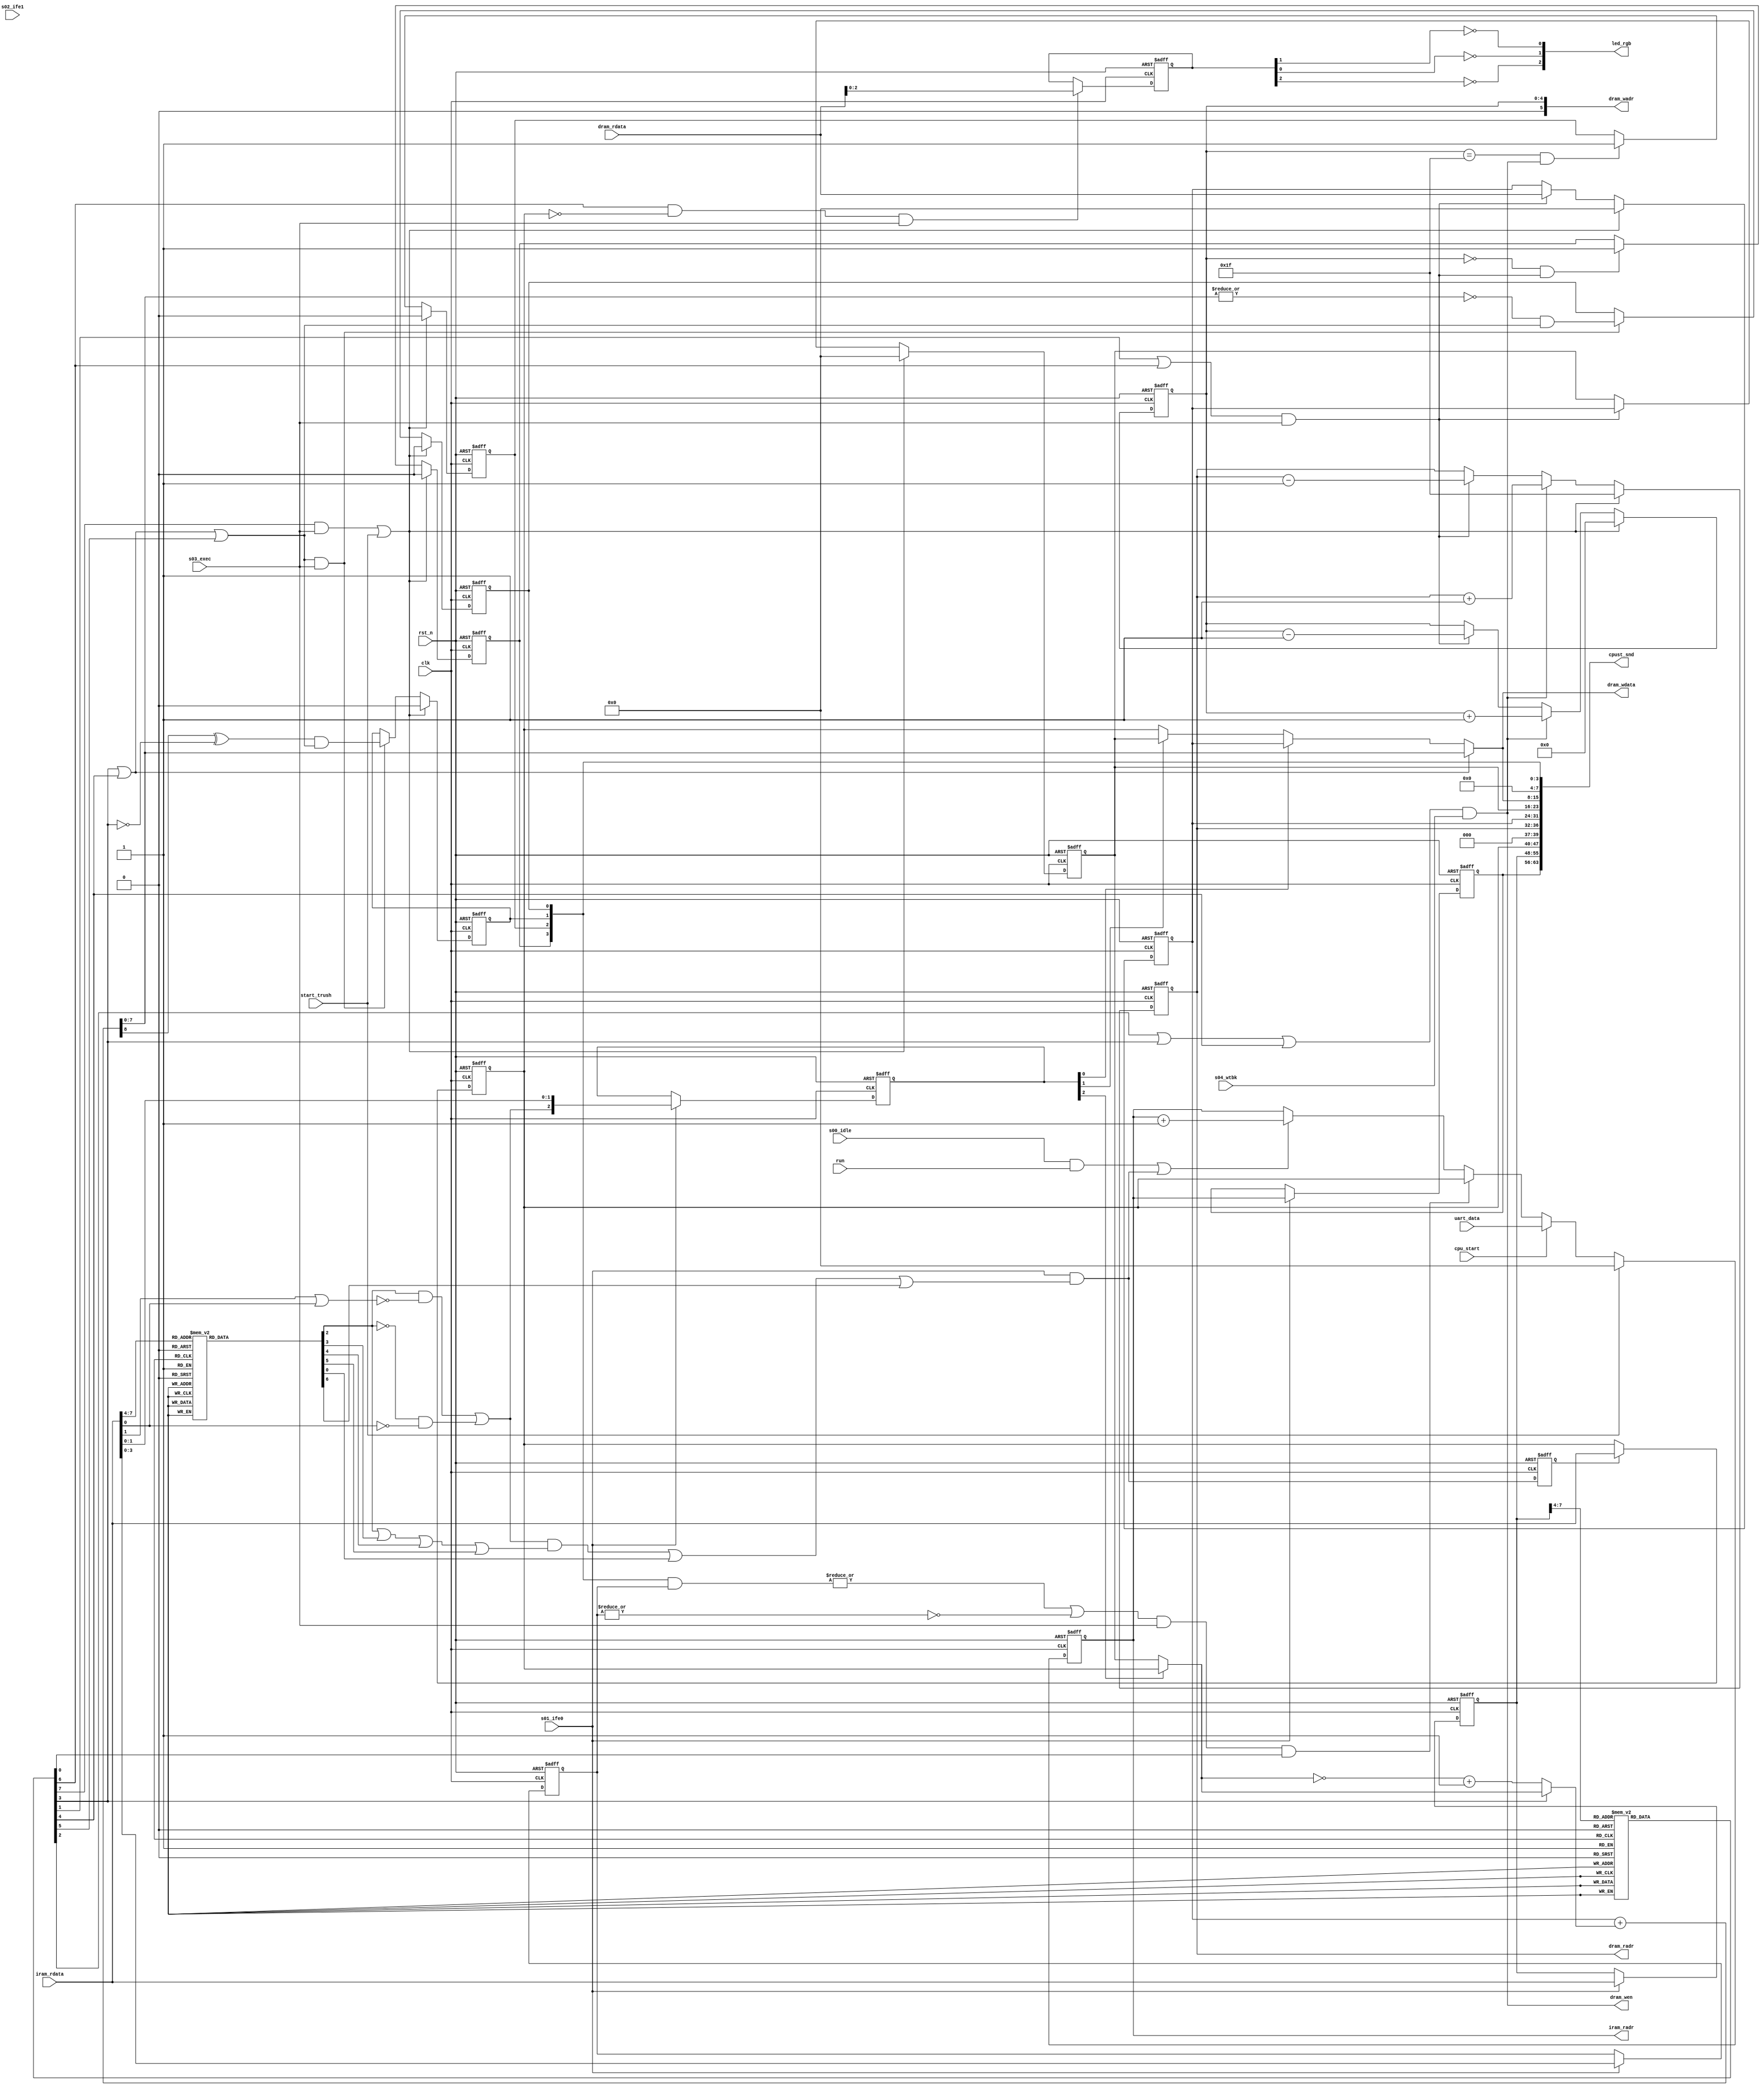
/*
 * Stack Machine CPU Sample
 *   ALU and Logic Module for Tang Nano
 *    Verilog code
 * @auther		Yoshiki Kurokawa <yoshiki.k963@gmail.com>
 * @copylight	2020 Yoshiki Kurokawa
 * @license		https://opensource.org/licenses/MIT     MIT license
 * @version		0.1
 */

module sm_logics(
	input clk,
	input rst_n,
	input s00_idle,  // idle status
	input s01_ife0,  // instruction fetch 0
	input s02_ife1,  // instruction fetch 1
	input s03_exec,  // execution
	input s04_wtbk,   // data writeback
	input run,
	output [7:0] iram_radr,
	input [7:0] iram_rdata,
	output [4:0] dram_radr,
	input [7:0] dram_rdata,
	output [5:0] dram_wadr,
	output [7:0] dram_wdata,
	output dram_wen,
	output [2:0] led_rgb,
	output [63:0] cpust_snd,
	input start_trush,
	input cpu_start,
	input [7:0] uart_data

	);

// resources
// PC

reg [7:0] pc;
wire inc_pc;
wire ld_pc;
wire [7:0] ld_value_pc;
reg [7:0] sample_pc;

always @ (posedge clk or negedge rst_n) begin
	if (~rst_n)
		pc <= 8'd0;
	else if (start_trush)
		pc <= 8'd0;
	else if (cpu_start)
		pc <= uart_data;
	else if (ld_pc)
		pc <= ld_value_pc;
	else if (inc_pc)
		pc <= pc + 8'd1;
end

assign iram_radr = pc;

always @ (posedge clk or negedge rst_n) begin
	if (~rst_n)
		sample_pc <= 8'd0;
	else if (s01_ife0)
		sample_pc <= pc;
end

// stack pointer

reg [4:0] rd_sp;
reg [4:0] wt_sp;
wire stack_underflow;
wire stack_overflow;
wire push_stack;
wire pop_stack;
wire rst_stack;

always @ (posedge clk or negedge rst_n) begin
	if (~rst_n)
		rd_sp <= 5'h1f;
	else if (rst_stack)
		rd_sp <= 5'h1f;
	else if (push_stack)
		rd_sp <= rd_sp + 5'd1;
	else if (pop_stack)
		rd_sp <= rd_sp - 5'd1;
end

assign dram_radr = rd_sp;

always @ (posedge clk or negedge rst_n) begin
	if (~rst_n)
		wt_sp <= 5'd0;
	else if (rst_stack)
		wt_sp <= 5'd0;
	else if (push_stack)
		wt_sp <= wt_sp + 5'd1;
	else if (pop_stack)
		wt_sp <= wt_sp - 5'd1;
end

assign dram_wadr = wt_sp[4:0];
assign dram_wen = push_stack;
assign stack_underflow = (wt_sp == 5'h00) & pop_stack;
assign stack_overflow = (wt_sp == 5'h1f) & push_stack;

// registers
reg [7:0] a_reg;
reg [7:0] b_reg;

always @ (posedge clk or negedge rst_n) begin
	if (~rst_n)
		a_reg <= 8'd0;
	else if (rst_stack)
		a_reg <= 8'd0;
	else if (pop_stack)
		a_reg <= dram_rdata;
end

always @ (posedge clk or negedge rst_n) begin
	if (~rst_n)
		b_reg <= 8'd0;
	else if (rst_stack)
		b_reg <= 8'd0;
	else if (pop_stack)
		b_reg <= a_reg;
end

// flags
reg flag_st_udflw;
reg flag_st_ovflw;
reg flag_carry;
reg flag_zero;
wire carry_flg;
wire zero_flg;
wire set_carryzero;

always @ (posedge clk or negedge rst_n) begin
	if (~rst_n)
		flag_st_udflw <= 1'b0;
	else if (rst_stack)
		flag_st_udflw <= 1'b0;
	else if (stack_underflow)
		flag_st_udflw <= 1'b1;
end

always @ (posedge clk or negedge rst_n) begin
	if (~rst_n)
		flag_st_ovflw <= 1'b0;
	else if (rst_stack)
		flag_st_ovflw <= 1'b0;
	else if (stack_overflow)
		flag_st_ovflw <= 1'b1;
end

always @ (posedge clk or negedge rst_n) begin
	if (~rst_n)
		flag_carry <= 1'b0;
	else if (rst_stack)
		flag_carry <= 1'b0;
	else if (set_carryzero)
		flag_carry <= carry_flg;
end

always @ (posedge clk or negedge rst_n) begin
	if (~rst_n)
		flag_zero <= 1'b0;
	else if (rst_stack)
		flag_zero <= 1'b0;
	else if (set_carryzero)
		flag_zero <= zero_flg;
end

// stage assign
// stage ife0 :  decode instruction

wire [7:0] ir0 = iram_rdata;
//reg [7:0] inst_dbits;

function [7:0] instruction_decoder;
input [4:0] instruction_upperbits;
begin
	case(instruction_upperbits)
		4'd0  : instruction_decoder = 8'b0000_0001;
		4'd2  : instruction_decoder = 8'b0000_0010;
		4'd4  : instruction_decoder = 8'b0000_0100;
		4'd6  : instruction_decoder = 8'b0000_1000;
		4'd8  : instruction_decoder = 8'b0001_0000;
		4'd10 : instruction_decoder = 8'b0010_0000;
		4'd12 : instruction_decoder = 8'b0100_0000;
		4'd14 : instruction_decoder = 8'b1000_0000;
		default : instruction_decoder = 8'd0;
	endcase
end
endfunction

wire [7:0] inst_decode = instruction_decoder( ir0[7:4] );
wire [3:0] flag_decode = ir0[3:0];

wire inst_jmp_p = inst_decode[0];
wire inst_pop_p = inst_decode[1];
wire inst_psh_p = inst_decode[2];
wire inst_add_p = inst_decode[3];
wire inst_sub_p = inst_decode[4];
wire inst_cmp_p = inst_decode[5];
wire inst_out_p = inst_decode[6];
wire inst_clr_p = inst_decode[7];

wire [2:0] dsel_decode = { inst_psh_p&~(ir0[1]|ir0[0])|~inst_psh_p&~ir0[0], ir0[1], ir0[0] };
wire immediate_p = dsel_decode[2];

wire long_inst = (immediate_p & ( inst_psh_p | inst_add_p | inst_sub_p | inst_cmp_p )) | inst_jmp_p | inst_out_p;
wire if1_iread = s01_ife0 & long_inst;
assign inc_pc = (s00_idle & run) | if1_iread;

reg [7:0] sample_inst;
reg [3:0] jump_flags;
reg [2:0] data_select;

// to after stages
always @ (posedge clk or negedge rst_n) begin
	if (~rst_n) begin
		sample_inst <= 8'd0;
		jump_flags <= 4'd0;
		data_select <= 3'd0;
	end
	else if (s01_ife0) begin
		sample_inst <= ir0;
		jump_flags <= flag_decode;
		data_select <= dsel_decode;
	end
end

// ife1
wire [7:0] inst_dec = instruction_decoder( sample_inst[7:4] );

wire inst_jmp = inst_dec[0];
wire inst_pop = inst_dec[1];
wire inst_psh = inst_dec[2];
wire inst_add = inst_dec[3];
wire inst_sub = inst_dec[4];
wire inst_cmp = inst_dec[5];
wire inst_out = inst_dec[6];
wire inst_clr = inst_dec[7];

wire select_a = data_select[0];
wire select_b = data_select[1];
wire immediate = data_select[2];

reg if1_fetch;
reg [7:0] if1;

always @ (posedge clk or negedge rst_n) begin
	if (~rst_n)
		if1_fetch <= 1'b0;
	else
		if1_fetch <= if1_iread;
end

always @ (posedge clk or negedge rst_n) begin
	if (~rst_n)
		if1 <= 8'd0;
	else if (if1_fetch)
		if1 <= iram_rdata;
end

// execution
// JMP

wire [3:0] current_flags = { flag_st_udflw, flag_st_ovflw, flag_carry, flag_zero };
wire jump_condition = |(current_flags & jump_flags) | ~( |jump_flags );

assign ld_pc = jump_condition & s03_exec & inst_jmp;
assign ld_value_pc = if1;

// POP
assign pop_stack = (inst_pop | inst_out) & s03_exec;

// PSH
wire [8:0] result;
wire [7:0] dwbus_select;
wire [7:0] dwbus;

assign dwbus_select = inst_add | inst_sub ? result[7:0]:
                      select_a ? a_reg :
                      select_b ? b_reg : if1;

/*
always @ (posedge clk or negedge rst_n) begin
	if (~rst_n)
		dwbus <= 8'd0;
	else if (s03_exec)
		dwbus <= dwbus_select;
end
*/
// for logic compression
assign dwbus = dwbus_select;

// ADD
wire [7:0] add_value = immediate ? if1 : b_reg;
wire [7:0] comp_value = (~add_value) + 8'd1;
wire [7:0] addsub_value = inst_add ? add_value : comp_value;

assign result = { 1'b0, a_reg } + {  1'b0, addsub_value };
wire carry = result[8] ^ ~inst_add;
wire zero = ~(|result[7:0]);

// SUB & CMP
assign carry_flg = carry & (inst_add | inst_sub | inst_cmp);
assign zero_flg = zero & (inst_add | inst_sub | inst_cmp);

assign set_carryzero = (inst_add | inst_sub | inst_cmp) & s03_exec;

// OUT
reg [2:0] out_reg;

wire port0_wt = inst_out & (if1 == 8'd0) & s03_exec;

// should be placed outside cpu
always @ (posedge clk or negedge rst_n) begin
	if (~rst_n)
		out_reg <= 3'd0;
	else if (port0_wt)
		out_reg <= dram_rdata;
end

wire red = out_reg[2];
wire green = out_reg[1];
wire blue = out_reg[0];
assign led_rgb = { ~red, ~blue, ~green };

// CLR : clear data stack
assign rst_stack = (inst_clr & s03_exec) | start_trush;

// stack write back

assign push_stack = (inst_psh | inst_add | inst_sub) & s04_wtbk;
assign dram_wdata = dwbus;

// CPU status send to uart

wire [7:0] flags = { 4'd0, flag_st_udflw, flag_st_ovflw, flag_carry, flag_zero };

assign cpust_snd = { sample_pc, sample_inst, if1, 3'd0, rd_sp, a_reg, b_reg, dwbus, flags };

endmodule